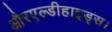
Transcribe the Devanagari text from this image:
औरएल्डीहाइड्स।